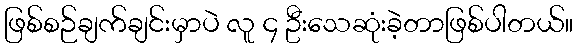
ဖြစ်စဉ်ချက်ချင်းမှာပဲ လူ ၄ ဦးသေဆုံးခဲ့တာဖြစ်ပါတယ်။